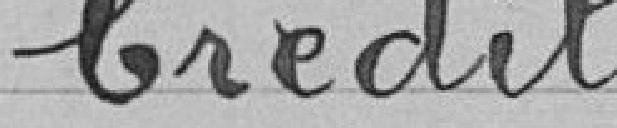
Crédit